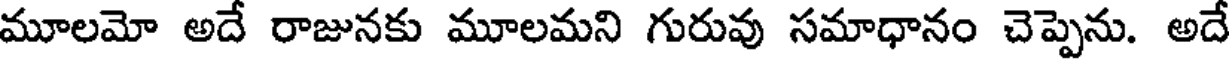
మూలమో అదే రాజునకు మూలమని గురువు సమాధానం చెప్పెను. అదే